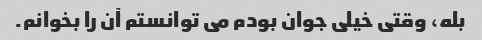
بله، وقتی خیلی جوان بودم می توانستم آن را بخوانم.